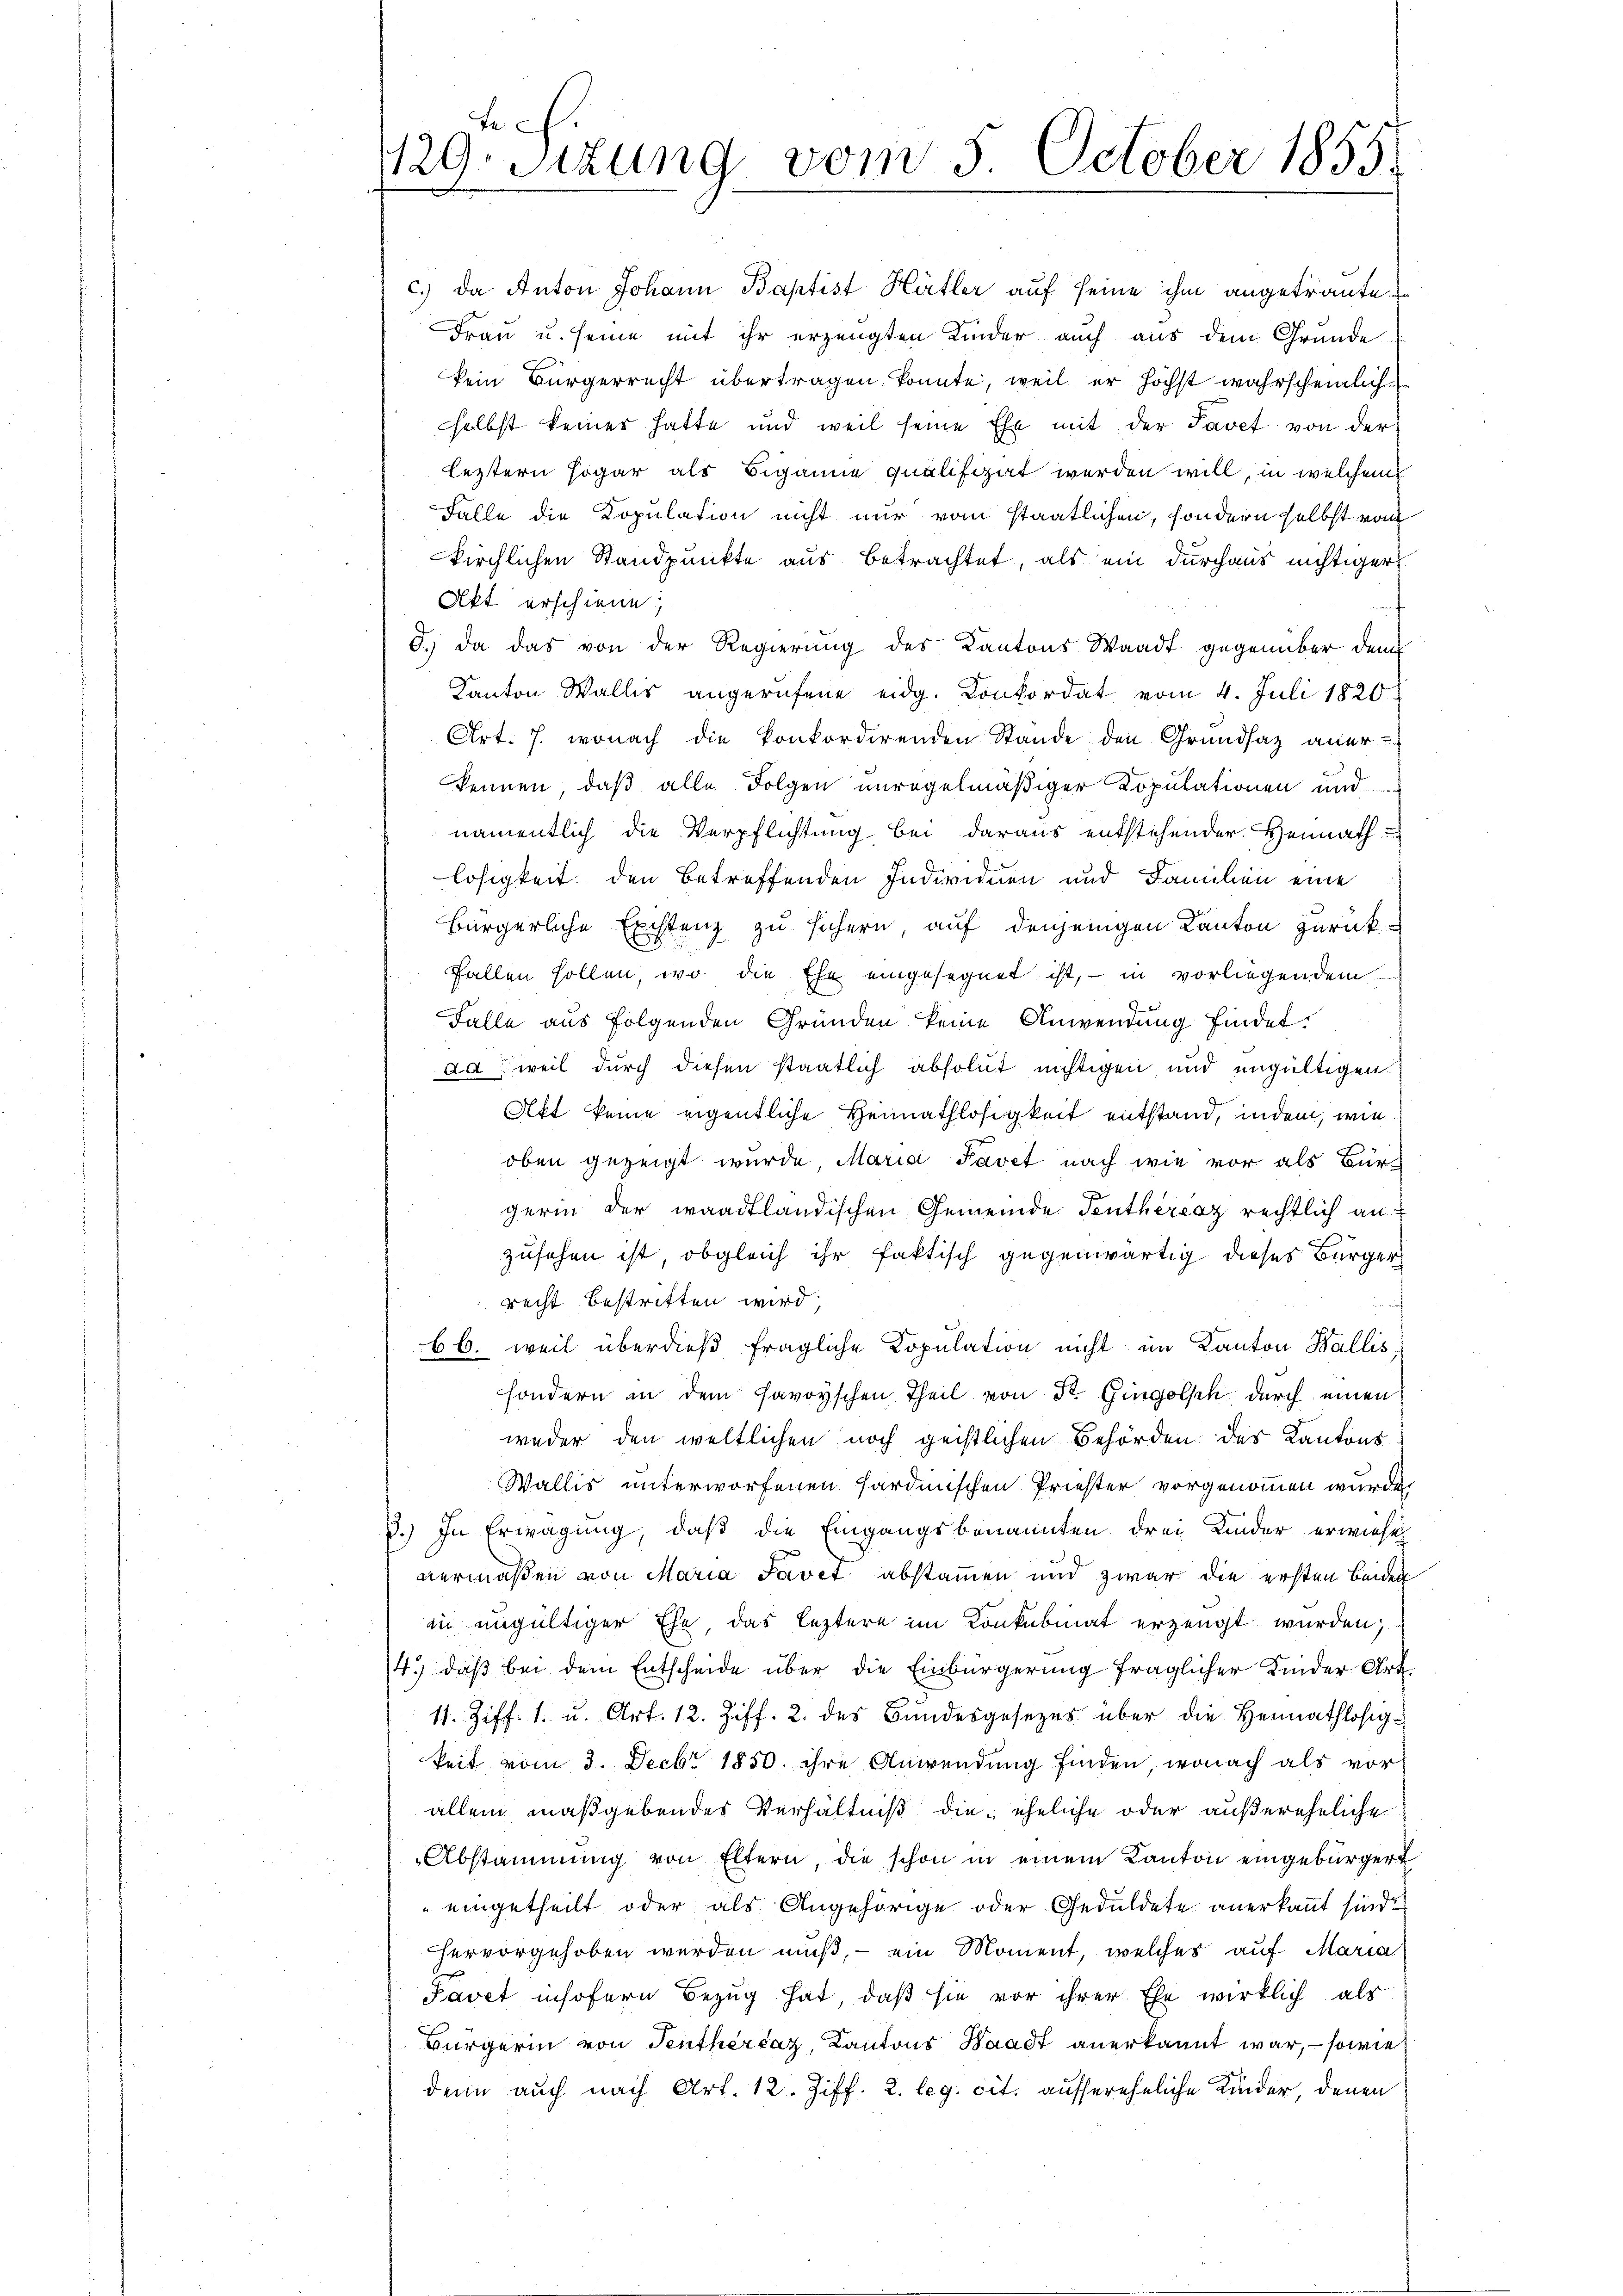
Fe
19. Sitzung vom 5. October 1855.

c.) da Anton Johann Baptist Härtler auf seine ihm angetraute.
Frau u. seine mit ihr erzeugten Kinder auch aus dem Grunde
kein Bürgerrecht übertragen konnte, weil er höchst wahrscheinlich
selbst keines hatte und weil seine Ehe mit der Javet von der
leztern sogar als Biganne qualifizirt werden will, in welchem
Falle die Kopulation nicht nur vom staatlichen, sondern selbst vom
kirchlichen Standpunkte aus betrachtet, als ein durchaus nichtiger
Akt erschiene;
8.) Da das von der Regierung des Kantons Waadt gegenüber dem
Kanton Wallis angerufene eidg. Konkordat vom 4. Juli 1820.
Art. 7. wonach die Konkordirenden Stande den Grundsatz anerkennen, daß alle Folgen unregelmäßiger Kopulationen und
namentlich die Verpflichtung bei daraus entstehender Heimath
losigkeit den betreffenden Individuen und Familien eine
bürgerliche Existenz zu sichern, auf denjenigen Kanton zurück-
fallen sollen, wo die Ehe eingesegnet ist, – in vorliegendem
Falle aus folgenden Gründen keine Anwendung findet.
ad, weil durch diesen staatlich absolut nichtigen und ungültigen
Aft keine eigentliche Heimathlosigkeit entstand, indem, wie
oben gezeigt wurde, Maria Pavet nach wie vor als Bür-
gerin der waadtländischen Gemeinde Tenthèreaz rechtlich an
zusehen ist, obgleich ihr faktisch gegenwärtig dieses Bürger
recht bestritten wird,
bb. weil überdieß fragliche Kopulation nicht im Kanton Wallis
sondern in dem savoyischen Theil von Dr. Gingolsch durch einen
weder den weltlichen noch geistlichen Behörden des Kantons¬
Wallis unterworfenen Hardinischen Priester vorgenommen wurde.
3.) In Erwägung, daß die Eingangsbenannten drei Kinder erwiesen
vermaßen von Maria Savet abstammen und zwar die ersten beiden
in ungültiger Ehe, das leztere im Konkubinat erzeugt wurden;
4.) daß bei dem Entscheide über die Einbürgerung fraglicher Kinder Art.
11. Ziff. 1. u. Art. 12. Ziff. 2. des Bundesgesezes über die Heimathlosigkeit vom 3. Decbr 1850. ihre Anwendung finden, wonach als vorallein maßgebendes Verhältniß die eheliche oder außereheliche
Abstammung von Eltern, die schon in einem Kanton eingebürgert
eingetheilt oder als Angehörige oder Geduldete anerkannt sind.
hervorgehoben werden muß, – ein Moment, welches auf Maria
Pavet insofern Bezug hat, daß sie vor ihrer Ehe wirklich als
Bürgerin von Tentherčaz, Kantons Waadt anerkannt war, – sowie
denn auch nach Art. 12. Ziff. 2. leg. cit. aussereheliche Kinder, denen